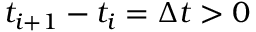
t _ { i + 1 } - t _ { i } = \Delta t > 0